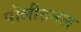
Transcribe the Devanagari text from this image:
पोलीटनल